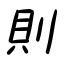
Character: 則